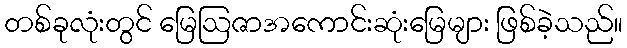
တစ်ခုလုံးတွင် မြေဩဇာအကောင်းဆုံးမြေများ ဖြစ်ခဲ့သည်။